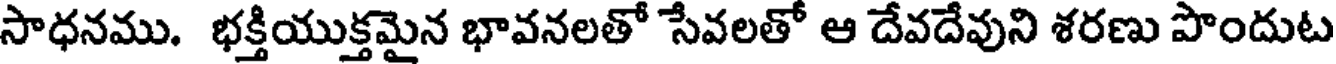
సాధనము. భక్తియుక్తమైన భావనలతో సేవలతో ఆ దేవదేవుని శరణు పొందుట